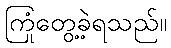
ကြုံတွေ့ခဲ့ရသည်။